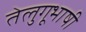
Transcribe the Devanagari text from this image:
तेलुगूभाषी